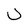
Character: U